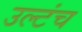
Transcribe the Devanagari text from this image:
उल्टंच